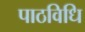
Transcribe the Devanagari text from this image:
पाठविधि